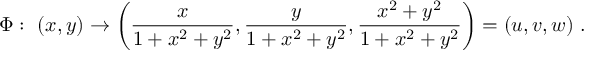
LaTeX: \Phi : \ ( x , y ) \rightarrow \left( { \frac { x } { 1 + x ^ { 2 } + y ^ { 2 } } } , { \frac { y } { 1 + x ^ { 2 } + y ^ { 2 } } } , { \frac { x ^ { 2 } + y ^ { 2 } } { 1 + x ^ { 2 } + y ^ { 2 } } } \right) = ( u , v , w ) \ .